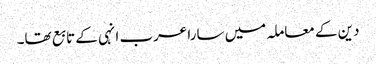
دین کے معاملہ میں سارا عرب انہی کے تابع تھا۔